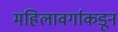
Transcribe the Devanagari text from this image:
महिलावर्गाकडून